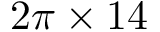
2 \pi \times 1 4